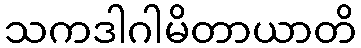
သကဒါဂါမိတာယာတိ